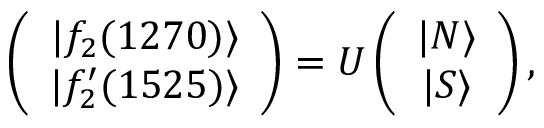
\left( \begin{array} { c } { { | f _ { 2 } ( 1 2 7 0 ) \rangle } } \\ { { | f _ { 2 } ^ { \prime } ( 1 5 2 5 ) \rangle } } \end{array} \right) = U \left( \begin{array} { c } { { | N \rangle } } \\ { { | S \rangle } } \end{array} \right) ,